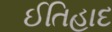
ઈતિહાદ